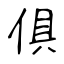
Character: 俱